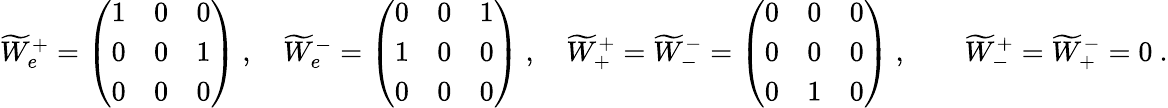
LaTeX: \begin{array}{r}{\widetilde{W}_{e}^{+}=\left(\begin{array}{lll}{1}&{0}&{0}\\ {0}&{0}&{1}\\ {0}&{0}&{0}\end{array}\right)\ ,\quad\widetilde{W}_{e}^{-}=\left(\begin{array}{lll}{0}&{0}&{1}\\ {1}&{0}&{0}\\ {0}&{0}&{0}\end{array}\right)\ ,\quad\widetilde{W}_{+}^{+}=\widetilde{W}_{-}^{-}=\left(\begin{array}{lll}{0}&{0}&{0}\\ {0}&{0}&{0}\\ {0}&{1}&{0}\end{array}\right)\ ,\qquad\widetilde{W}_{-}^{+}=\widetilde{W}_{+}^{-}=0\ .}\end{array}